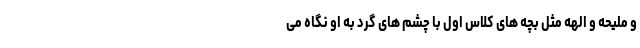
و ملیحه و الهه مثل بچه های کلاس اول با چشم های گرد به او نگاه می